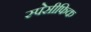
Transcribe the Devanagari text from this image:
स्पेसीफिक